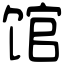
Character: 馆